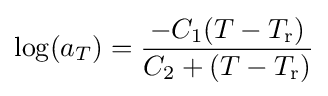
\log(a_{T})={\frac {-C_{1}(T-T_{\mathrm {r} })}{C_{2}+(T-T_{\mathrm {r} })}}